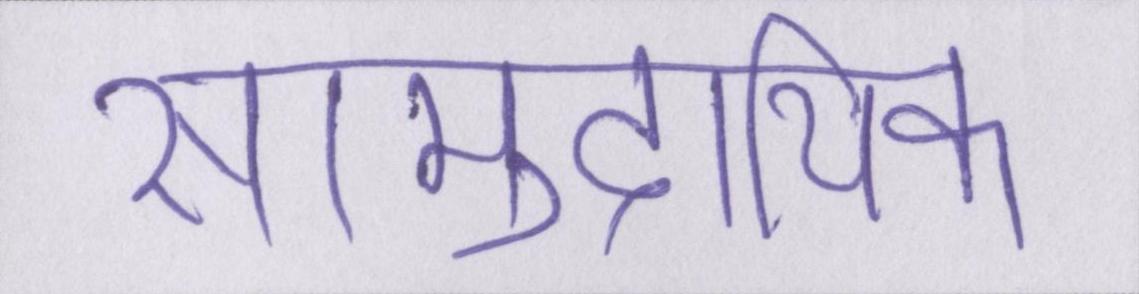
सामुदायिक